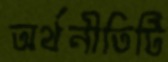
অর্থনীতিটি